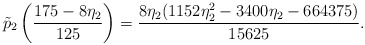
\begin{align*} \tilde{p}_2 \left( \frac{175 - 8 \eta_2}{125} \right) = \frac{8\eta_2 (1152 \eta_2^2 - 3400 \eta_2 - 664375)}{15625}.\end{align*}